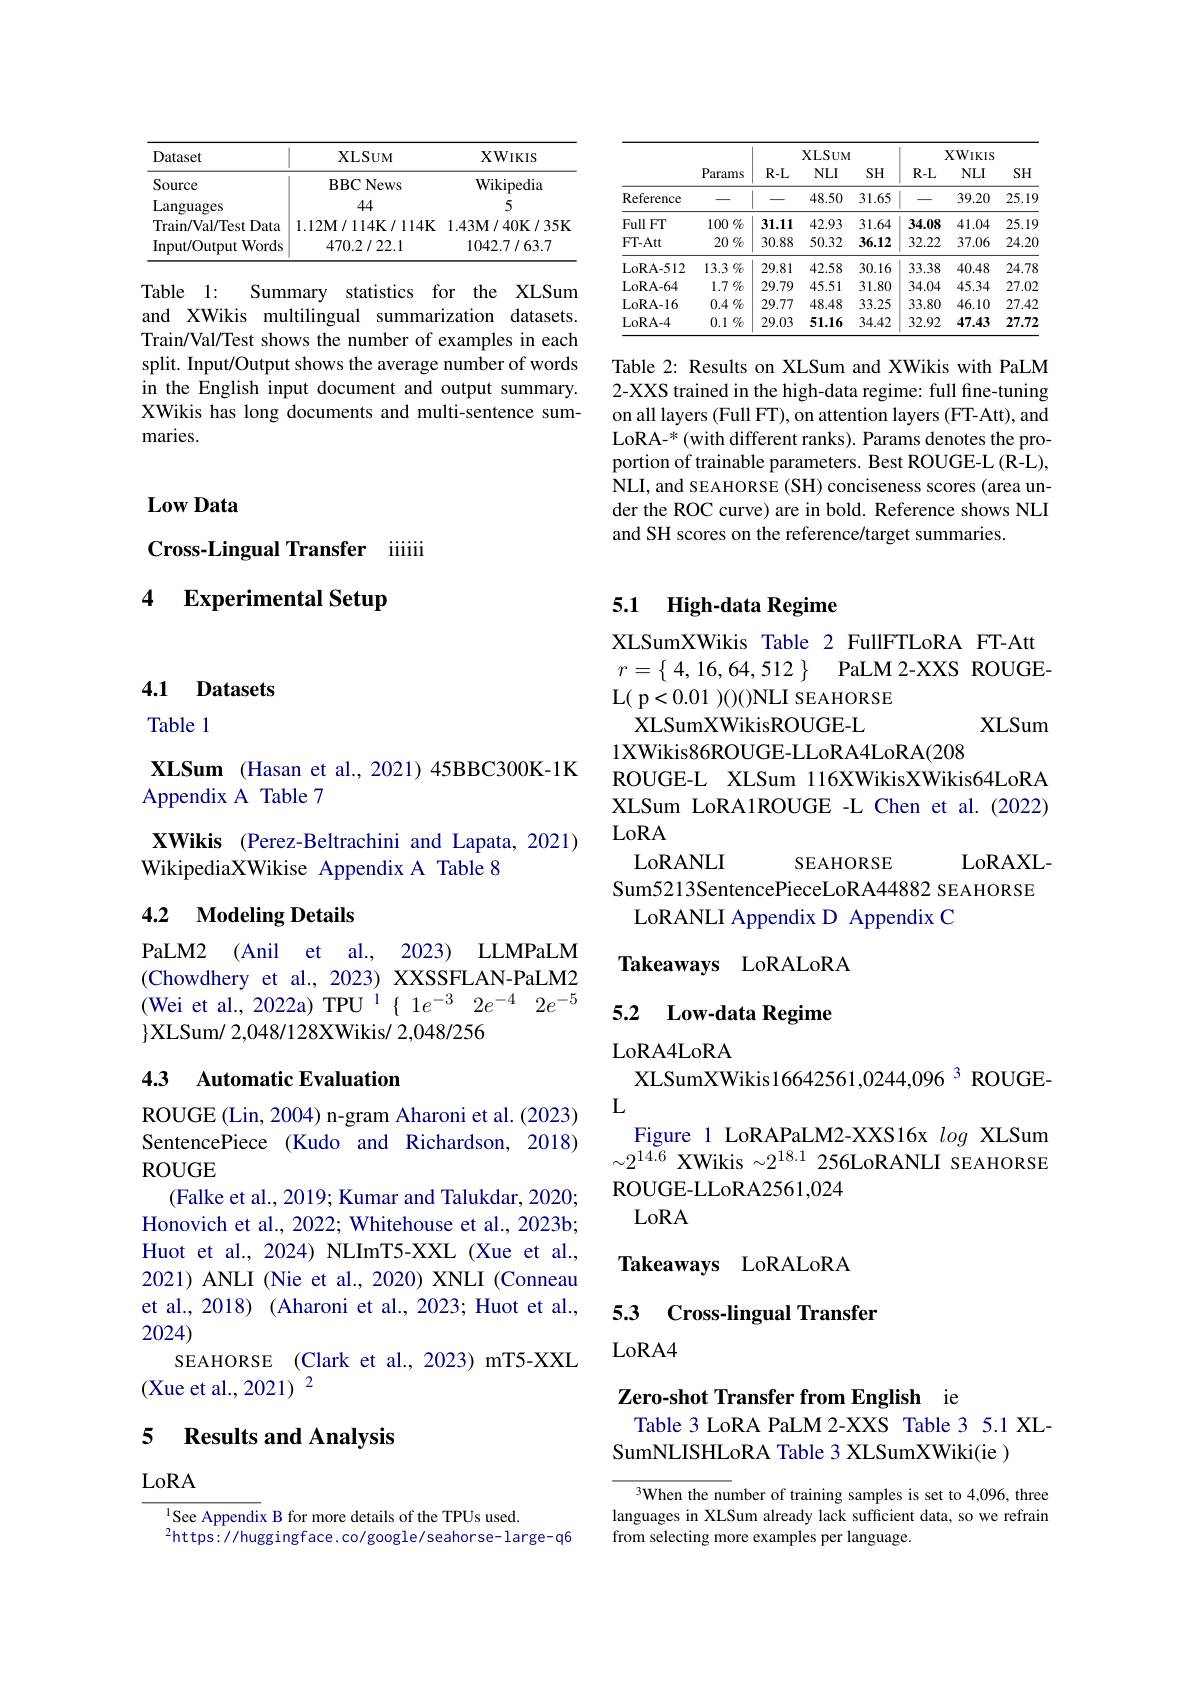
<table>
	<tbody>
		<tr>
			<th>Dataset</th>
			<th>XLSUM</th>
			<th>$\mathbf{XWIKIS}$</th>
		</tr>
		<tr>
			<td>Source</td>
			<td>BBCNews</td>
			<td>Wikipedia</td>
		</tr>
		<tr>
			<td>Languages</td>
			<td>44</td>
			<td>5</td>
		</tr>
		<tr>
			<td>Train/Val/Test Data</td>
			<td>$1.12\mathbf{M}/114\mathbf{K}/114\mathbf{K}$</td>
			<td>1.43M/40K/35K</td>
		</tr>
		<tr>
			<td>Input/Output $\textbf{t Words}$ 1</td>
			<td>470.2/22.1</td>
			<td>1042.7/63.7</td>
		</tr>
	</tbody>
</table>

Table 1:
Summary statistics for the XLSum
and XWikis multilingual summarization datasets. Train/Val/Test shows the number of examples in each split. Input/Output shows the average number of words in the English input document and output summary. XWikis has long documents and multi-sentence summaries.

<table>
	<tbody>
		<tr>
			<th> </th>
			<th rowspan="2">Params</th>
			<th colspan="3">$XLSUM$</th>
			<th colspan="3">$XWIKIS$</th>
		</tr>
		<tr>
			<th> </th>
			<th>$R-L$</th>
			<th>$NLI$</th>
			<th>SH</th>
			<th>$R-L$</th>
			<th>$NLI$</th>
			<th>SH</th>
		</tr>
		<tr>
			<td>Reference</td>
			<td> </td>
			<td> </td>
			<td>48.50</td>
			<td>31.65</td>
			<td> </td>
			<td>39.20</td>
			<td>25.19</td>
		</tr>
		<tr>
			<td>Full FT</td>
			<td>$100\%$</td>
			<td>31.11</td>
			<td>42.93</td>
			<td>31.64</td>
			<td>34.08</td>
			<td>41.04</td>
			<td>25.19</td>
		</tr>
		<tr>
			<td>FT-Att</td>
			<td>$20\%$</td>
			<td>30.88</td>
			<td>50.32</td>
			<td>36.12</td>
			<td>32.22</td>
			<td>37.06</td>
			<td>24.2C</td>
		</tr>
		<tr>
			<td>LoRA- 512</td>
			<td>13.3 $\%$</td>
			<td>29.81</td>
			<td>42.58</td>
			<td>30.16</td>
			<td>33.38</td>
			<td>40.48</td>
			<td>24.78</td>
		</tr>
		<tr>
			<td>LoRA- 64</td>
			<td>$1.7\%$</td>
			<td>29.79</td>
			<td>45.51</td>
			<td>31.80</td>
			<td>34.04</td>
			<td>45.34</td>
			<td>27.02</td>
		</tr>
		<tr>
			<td>LoRA- 16</td>
			<td>$0.4\%$</td>
			<td>29.77</td>
			<td>48.48</td>
			<td>33.25</td>
			<td>33.80</td>
			<td>46.10</td>
			<td>27.42</td>
		</tr>
		<tr>
			<td>LoRA- 4</td>
			<td>$0.1\%$</td>
			<td>29.03</td>
			<td>51.16</td>
			<td>34.42</td>
			<td>32.92</td>
			<td>47.43</td>
			<td>27.72</td>
		</tr>
	</tbody>
</table>

Table 2: Results on XLSum and XWikis with PaLM 2-XXS trained in the high-data regime: full fine-tuning on all layers (Full FT), on attention layers (FT-Att), and LoRA-$^*($with different ranks). Params denotes the proportion of trainable parameters. Best ROUGE-L (R-L), NLI, and SEAHORSE (SH) conciseness scores (area under the ROC curve) are in bold. Reference shows NLI and SH scores on the reference/target summaries.

### $\mathbf{LowData}$

## Cross-Lingual Transfer iiiii 4 Experimental Setup

4.1 Datasets

Table l

XLSum (Hasan et al., 2021) 45BBC300K-1K
Appendix A Table 7

XWikis (Perez-Beltrachini and Lapata, 2021)
WikipediaXWikise Appendix A Table 8

### 4.2 $\textbf{Modeling Details}$

PaLM2 (Anil et al., 2023) LLMPaLM (Chowdhery et al., 2023) XXSSFLAN-PaLM2 (Wei et al., 2022a) TPU 1$\{ 1e^{- 3}$ $2e^{- 4}$ $2e^{- 5}$ $\}$XLSum/ 2,048/128XWikis/ 2,048/256

## 4.3 Automatic Evaluation

ROUGE (Lin, 2004) n-gram Aharoni et al. (2023) SentencePiece (Kudo and Richardson, 2018) $\operatorname{ROUGE}$
(Falke et al., 2019; Kumar and Talukdar, 2020; Honovich et al., 2022; Whitehouse et al., 2023b; Huot et al., 2024) NLImT5-XXL (Xue et al., 2021) ANLI (Nie et al., 2020) XNLI (Conneau et al., 2018) (Aharoni et al., 2023; Huot et al., 2024)
SEAHORSE (Clark et al.,2023) mT5-XXL
(Xue et al., 2021) 2

### 5 $\textbf{Results and Analvsis}$

LoRA

$^{1}$See Appendix B for more details of the TPUs used.
$^{2}$https://huggingface.co/google/seahorse-large-q6

# 5.1 High-data Regime

XLSumXWikis Table 2 FullFTLoRA FT-At $r= \{$ 4, 16, 64, 512 $\}$ PaLM 2-XXS ROUGE- ${\mathrm{L(~p<0.01~)()()}}$NLI SEAHORSE
XLSum
XLSumXWikisROUGE-L
1XWikis86ROUGE-LLoRA4LoRA(208)
ROUGE-L XLSum 116XWikisXWikis64LoRA XLSum LoRA1ROUGE -L Chen et al.(2022) LoRA
LoRANLI
LoRAXL-
SEAHORSE
Sum5213SentencePieceLoRA44882 SEAHORSE
LoRANLI Appendix D Appendix C

Takeaways LoRALoRA

## 5.2 Low-data Regime

LoRA4LoRA
XLSumXWikis16642561,0244,096 3 ROUGE-

$L$
Figure 1 LoRAPaLM2-XXS16x log XLSum $\sim2^{14.6}$ XWikis $\sim2^18.1$ 256LoRANLI SEAHORSE ROUGE-LLoRA2561,024
LoRA
Takeaways LoRALoRA

## 5.3 Cross-lingual Transfer $LoRA4$

Zero-shot Transfer from English ie

Table 3 LoRA PaLM 2-XXS Table 3 5.1 XL-
SumNLISHLoRA Table 3 XLSumXWiki(ie )

3When the number of training samples is set to 4,096, three languages in XLSum already lack sufficient data, so we refrain from selecting more examples per language.